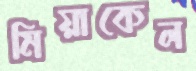
মিয়াকেল